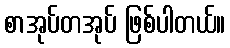
စာအုပ်တအုပ် ဖြစ်ပါတယ်။